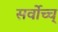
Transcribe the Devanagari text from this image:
सर्वोच्च्